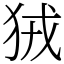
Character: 狨